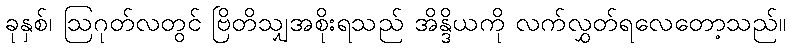
ခုနှစ်၊ ဩဂုတ်လတွင် ဗြိတိသျှအစိုးရသည် အိန္ဒိယကို လက်လွှတ်ရလေတော့သည်။